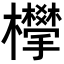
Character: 𣠧